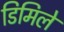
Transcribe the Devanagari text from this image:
डिमिले